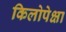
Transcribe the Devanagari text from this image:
किलोपेक्षा